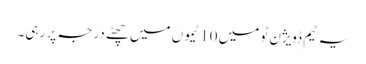
یہ ٹیم ڈویژن ٹو میں 10 ٹیموں میں چھٹے درجہ پر رہی۔